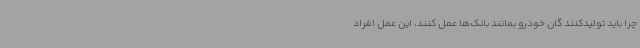
چرا باید تولیدکنند گان خودرو بمانند بانک‌ها عمل کنند، این عمل افراد